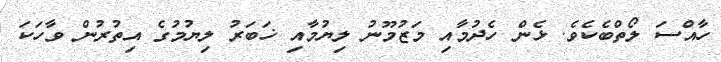
ހާއްސަ ލޯތްބެކެވެ. ޅެން ހެދުމާއި މަޒުމޫނު ލިޔުމާއި ޚަބަރު ލިޔުމުގެ އިތުރުން ވާހަކަ